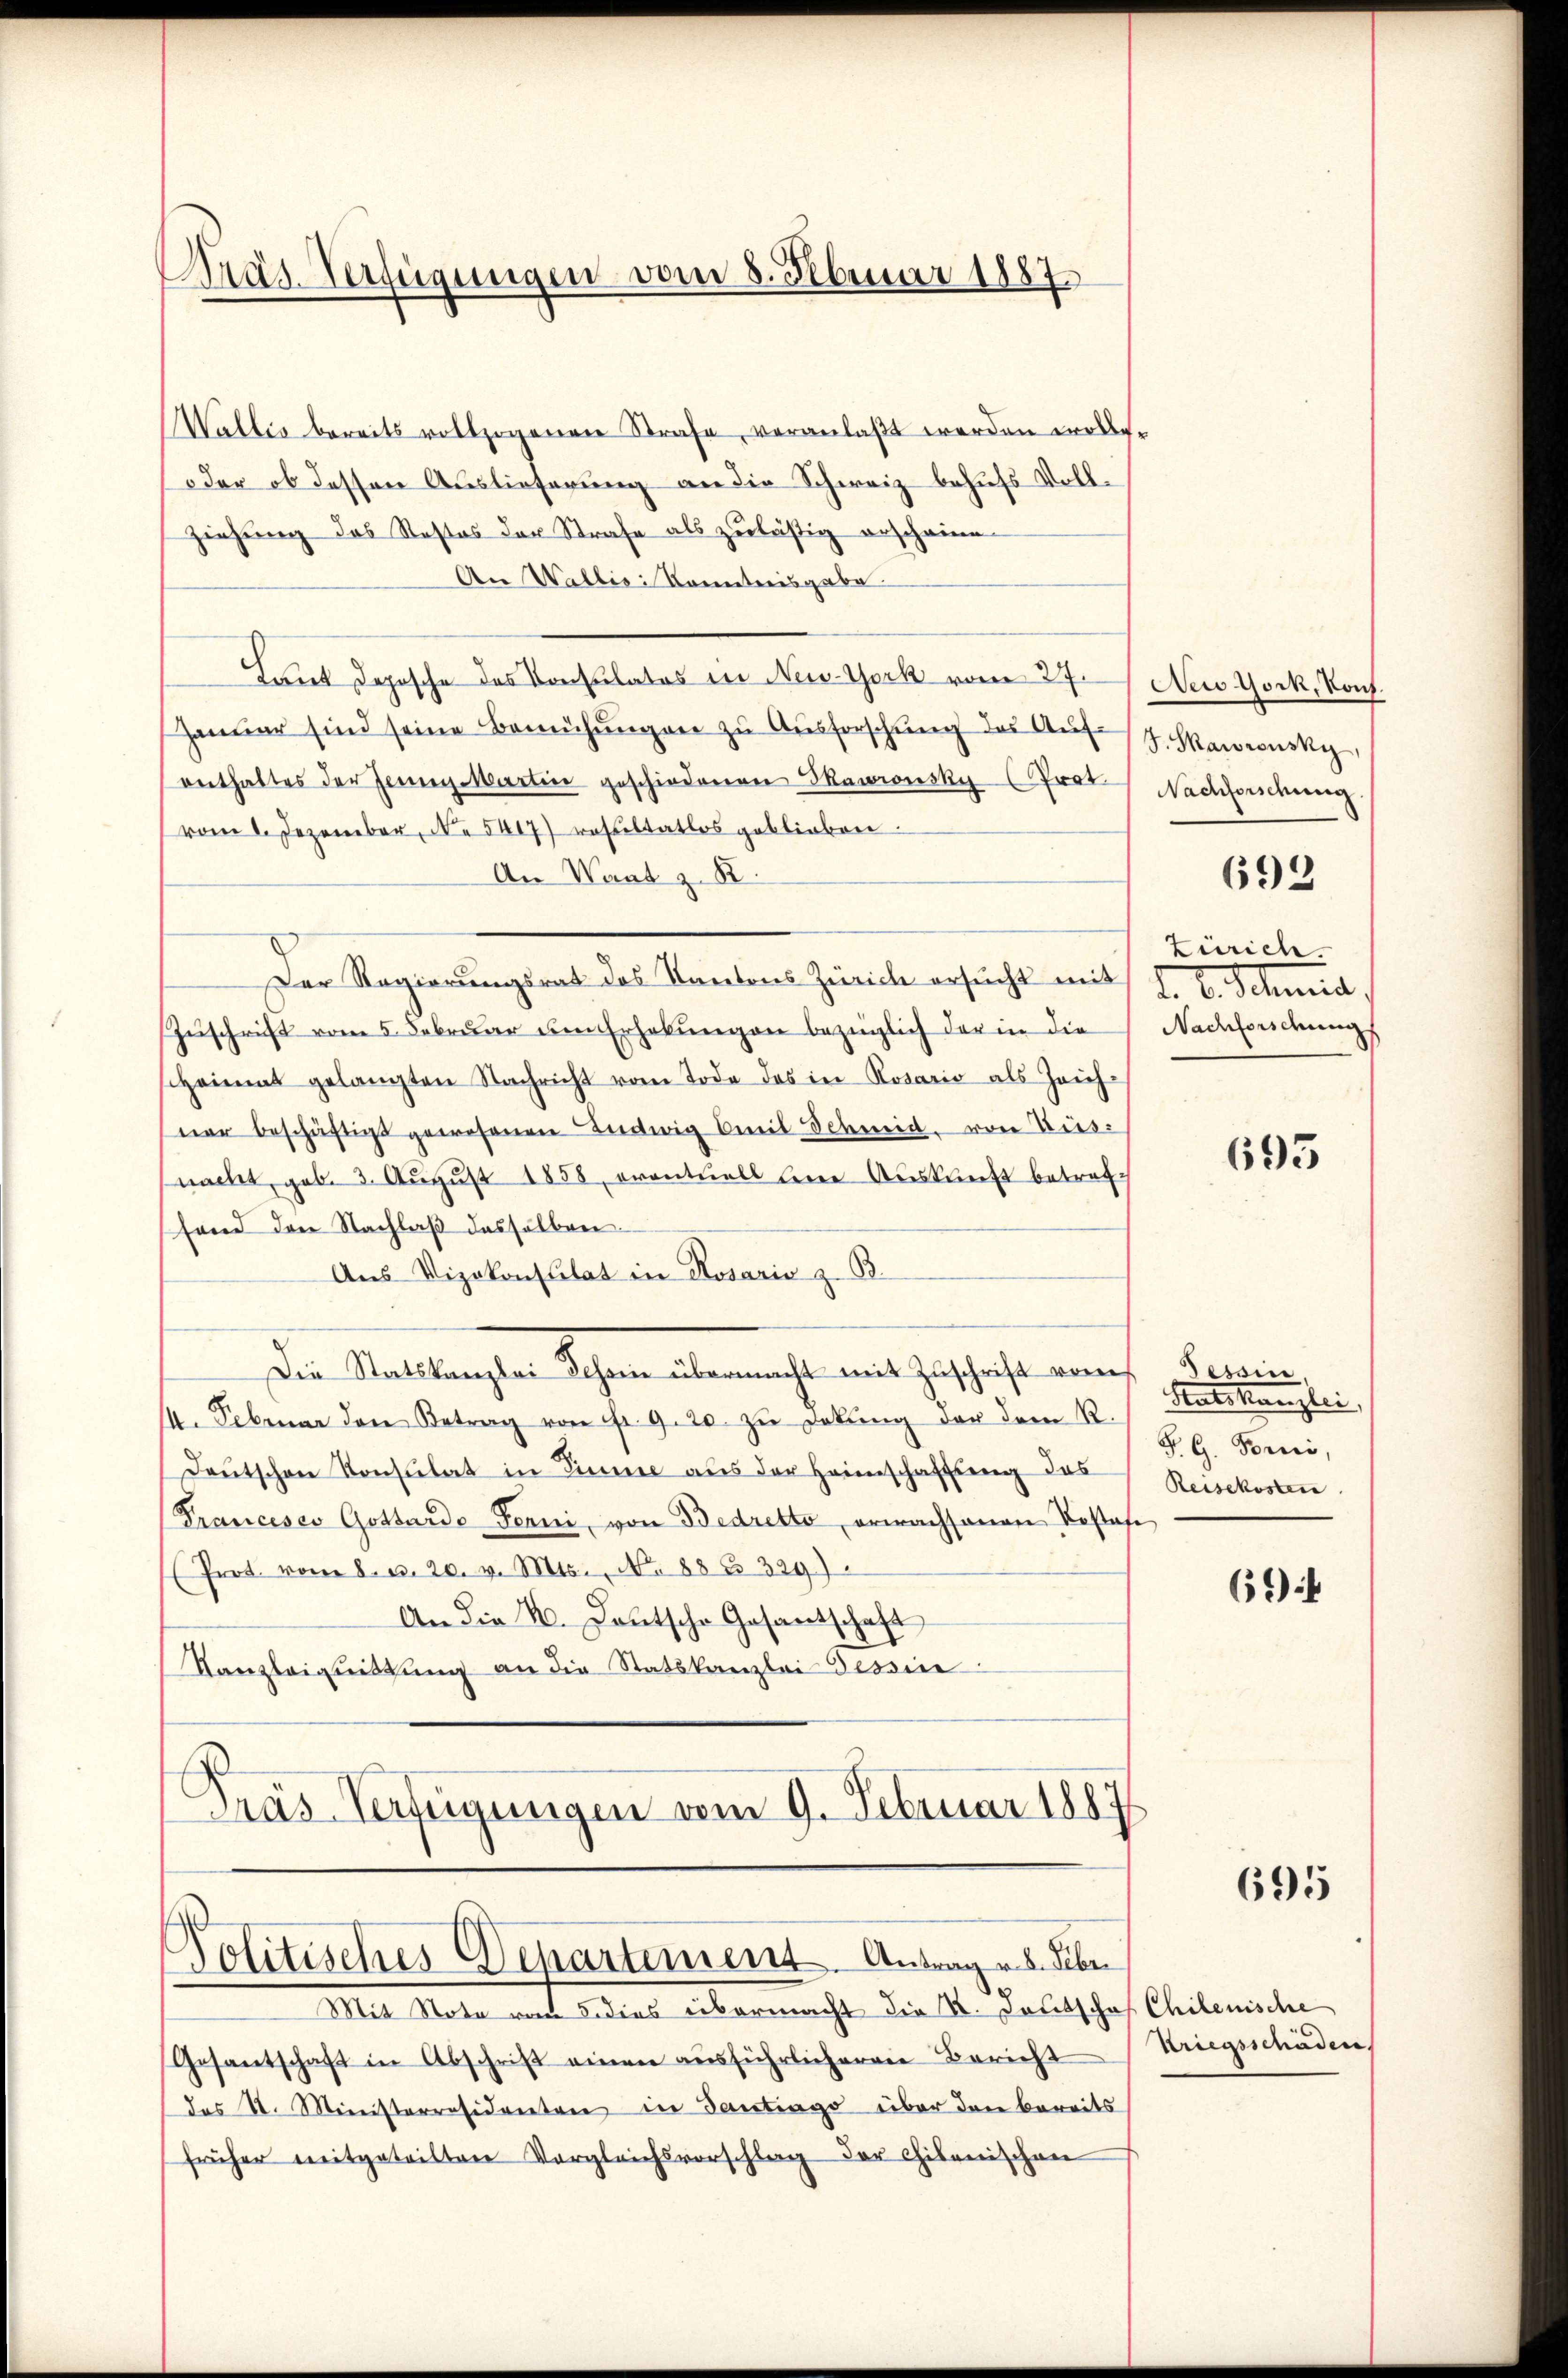
räs-Verfügungen vom 8. Februar 1887

Wallis bereits vollzogenen Strafe, veranlaßt werden wolle.
soder ob dessen Auslieferung an die Schweiz behufs Voll¬
Ziehung das Rostos der Strafe als zulästig erschaine-
An Wallis Kenntnisgabe.
Laut Depesche des Konsulates in New-York vom 27.
Janŭar sind seine Bemühŭngen zŭ Aŭsforschŭng des Aŭf (s. Skawrusky,
enthaltes der Gener Martie geschiedenen Mawinsky (Prot.
vom 1. Dezember, N. 5417) resultatlos geblieben.
An Waat z. B.
Der Regierungsrat des Kantons Zürich ersŭcht mit
Zuschrift vom 5. Februar um Erhebungen bezüglich der in die
scheint gelangten Nachricht vom Tode des in Rosario als Zeich-
ner beschäftigt gewesenen Ludwig Breit Schmid von Küsnacht, geb. 3. August 1858, eventuell bei Auskunft betreffand den Nachlaβ dasselben
Aus Vizekonsulat in Rosario z. B.
Die Staatskanzlei Schnen übermacht mit Zuschrift von
14. Februar den Betrag von fr. 9. 20. zŭ Dekŭng der dem R.
Deutschen Konsulat in Sinne aus der Heimschaffung das
Pranceses Gottardo Forni, von Bedretto erwachsanen Kostafe
(Prot. vom 8. d. 20. v. Mts., No 88 n 329)
An die 4. Deutsche Gesantschaft
Kanzleigeittung an die Statskanzlei Tessin
Pras Verfügungen vom 9. Februar 1887

Politisches Departement. Antrag u. b. Sebe
Mit Note vom 5. dies übermacht die K. Deutschaf Chilenische

Gesantschaft in Abschrift einen ausführlicheren Bericht
das St. Ministerräsidenten in Gantrag über den bereits
früher mitgeteilten Vergleichsvorschlag der Chikanischen

New York, Konf.
Nachforschung.

692

Zürich.
d. b. Schmid,
Nachforidung

693

Tessin.
Hatskanzlei
P. G. Forni,
Reisekosten

69

695

Kriegsschaden